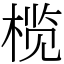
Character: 榄